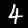
Label: 4